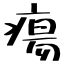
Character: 瘍